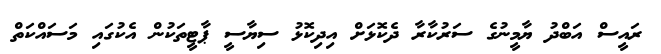
ރައީސް އަބްދު ޔާމީނުގެ ސަރުކާރާ ދެކޮޅަށް އިދިކޮޅު ސިޔާސީ ޕާޓީތަކުން އެކުގައި މަސައްކަތް